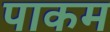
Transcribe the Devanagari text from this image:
पाकम